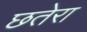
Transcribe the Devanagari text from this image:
छतेरा